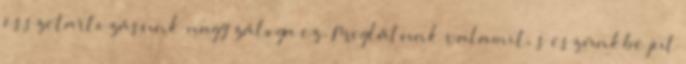
összetartozásunk nagy záloga ez. Meglátunk valamit, s eszünkbe jut